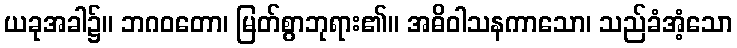
ယခုအခါ၌။ ဘဂဝတော၊ မြတ်စွာဘုရား၏။ အဓိဝါသနကာသော၊ သည်ခံအံ့သော